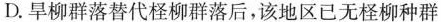
D.旱柳群落替代柽柳群落后，该地区已无柽柳种群